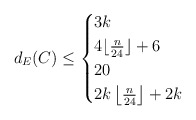
\begin{align*}d_E(C) \le \begin{cases}3k & \\4 \lfloor \frac{n}{24} \rfloor+6 & \\ 20 & \\ 2k \left\lfloor \frac{n}{24} \right\rfloor +2k & \end{cases}\end{align*}